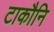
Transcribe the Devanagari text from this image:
टाकौनि